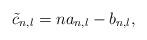
LaTeX: \begin{align*} \tilde{c}_{n,l}=na_{n,l}-b_{n,l},\end{align*}